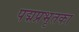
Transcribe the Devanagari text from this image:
पद्मप्रभृतका